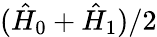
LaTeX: (\hat{H}_{0}+\hat{H}_{1})/2